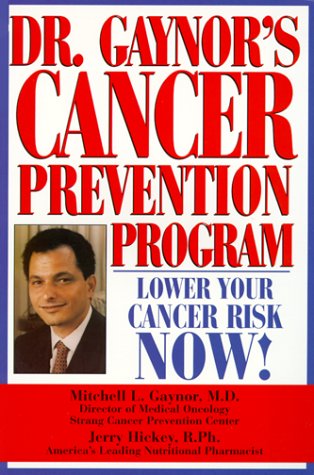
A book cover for Dr. Gaynor's Cancer Prevention Program; Health, Fitness & Dieting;